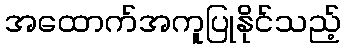
အထောက်အကူပြုနိုင်သည့်